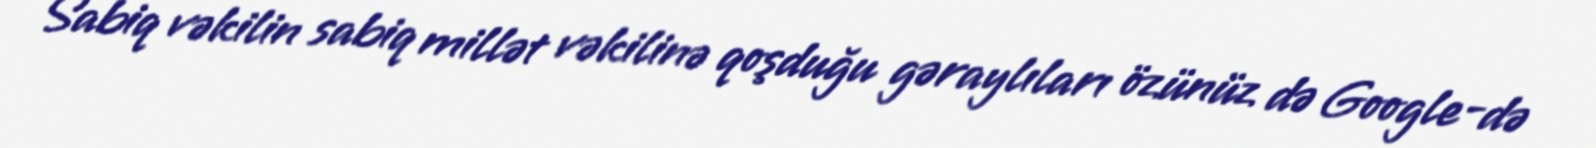
Sabiq vəkilin sabiq millət vəkilinə qoşduğu gəraylıları özünüz də Google-də